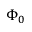
\Phi _ { 0 }